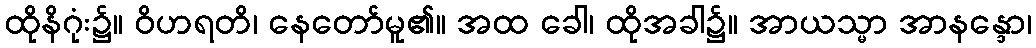
ထိုနိဂုံး၌။ ဝိဟရတိ၊ နေတော်မူ၏။ အထ ခေါ၊ ထိုအခါ၌။ အာယသ္မာ အာနန္ဒော၊